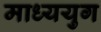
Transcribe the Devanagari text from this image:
माध्ययुग